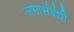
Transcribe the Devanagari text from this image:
जगासंबंधी